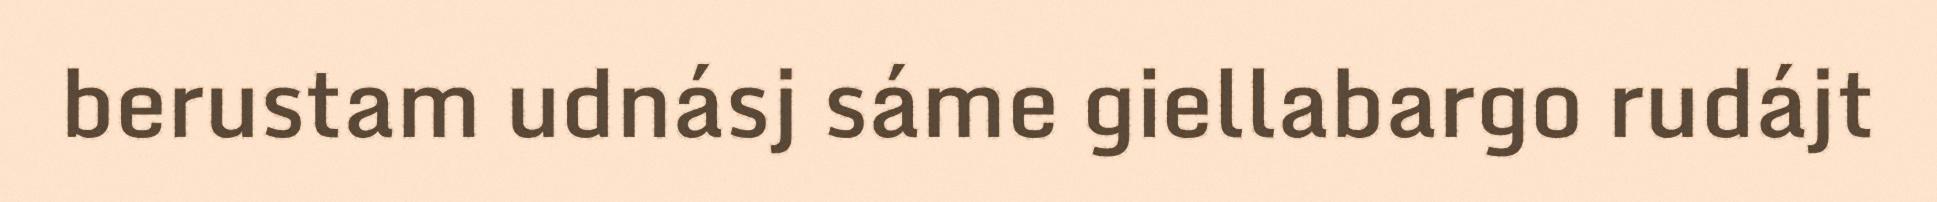
berustam udnásj sáme giellabargo rudájt